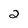
Character: 2